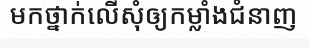
មកថ្នាក់លើសុំឲ្យកម្លាំងជំនាញ